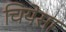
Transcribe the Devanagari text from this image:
चियेसा